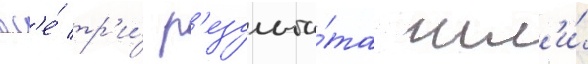
вс'е́ тр'и́ р'езульта́та шл'и́